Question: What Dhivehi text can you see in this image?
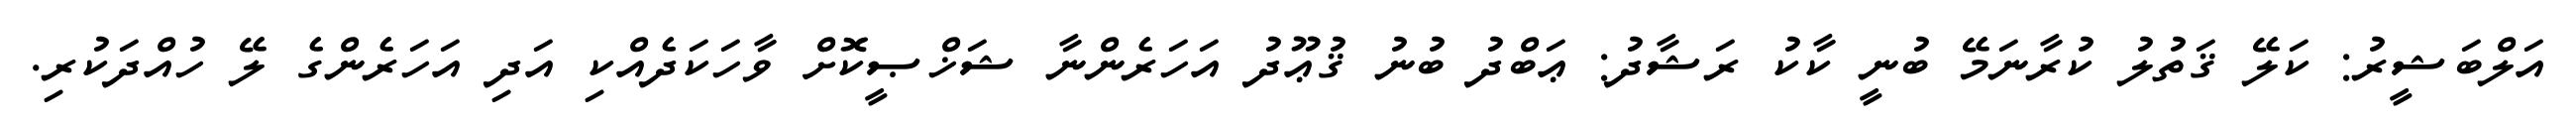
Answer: އަލްބަޝީރު: ކަލޭ ޤަތުލު ކުރާނަމޭ ބުނީ ކާކު ރަޝާދު: ޢަބްދު ބުނު ޤުޢޫދު އަހަރެންނާ ޝަޚްޞީކޮށް ވާހަކަދެއްކި އަދި އަހަރެންގެ ލޭ ހުއްދަކުރި.